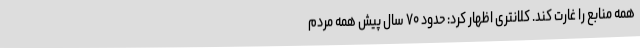
همه منابع را غارت کند. کلانتری اظهار کرد: حدود ۷۰ سال پیش همه مردم